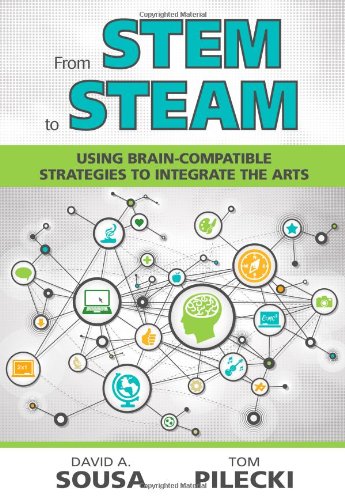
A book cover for From STEM to STEAM: Using Brain-Compatible Strategies to Integrate the Arts; David A. (Anthony) Sousa; Education & Teaching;